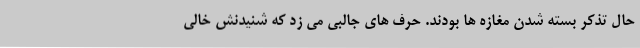
حال تذکر بسته شدن مغازه ها بودند. حرف های جالبی می زد که شنیدنش خالی